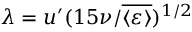
\lambda = u ^ { \prime } ( 1 5 \nu / \overline { { \langle \varepsilon \rangle } } ) ^ { 1 / 2 }